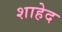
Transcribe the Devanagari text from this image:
शाहेद